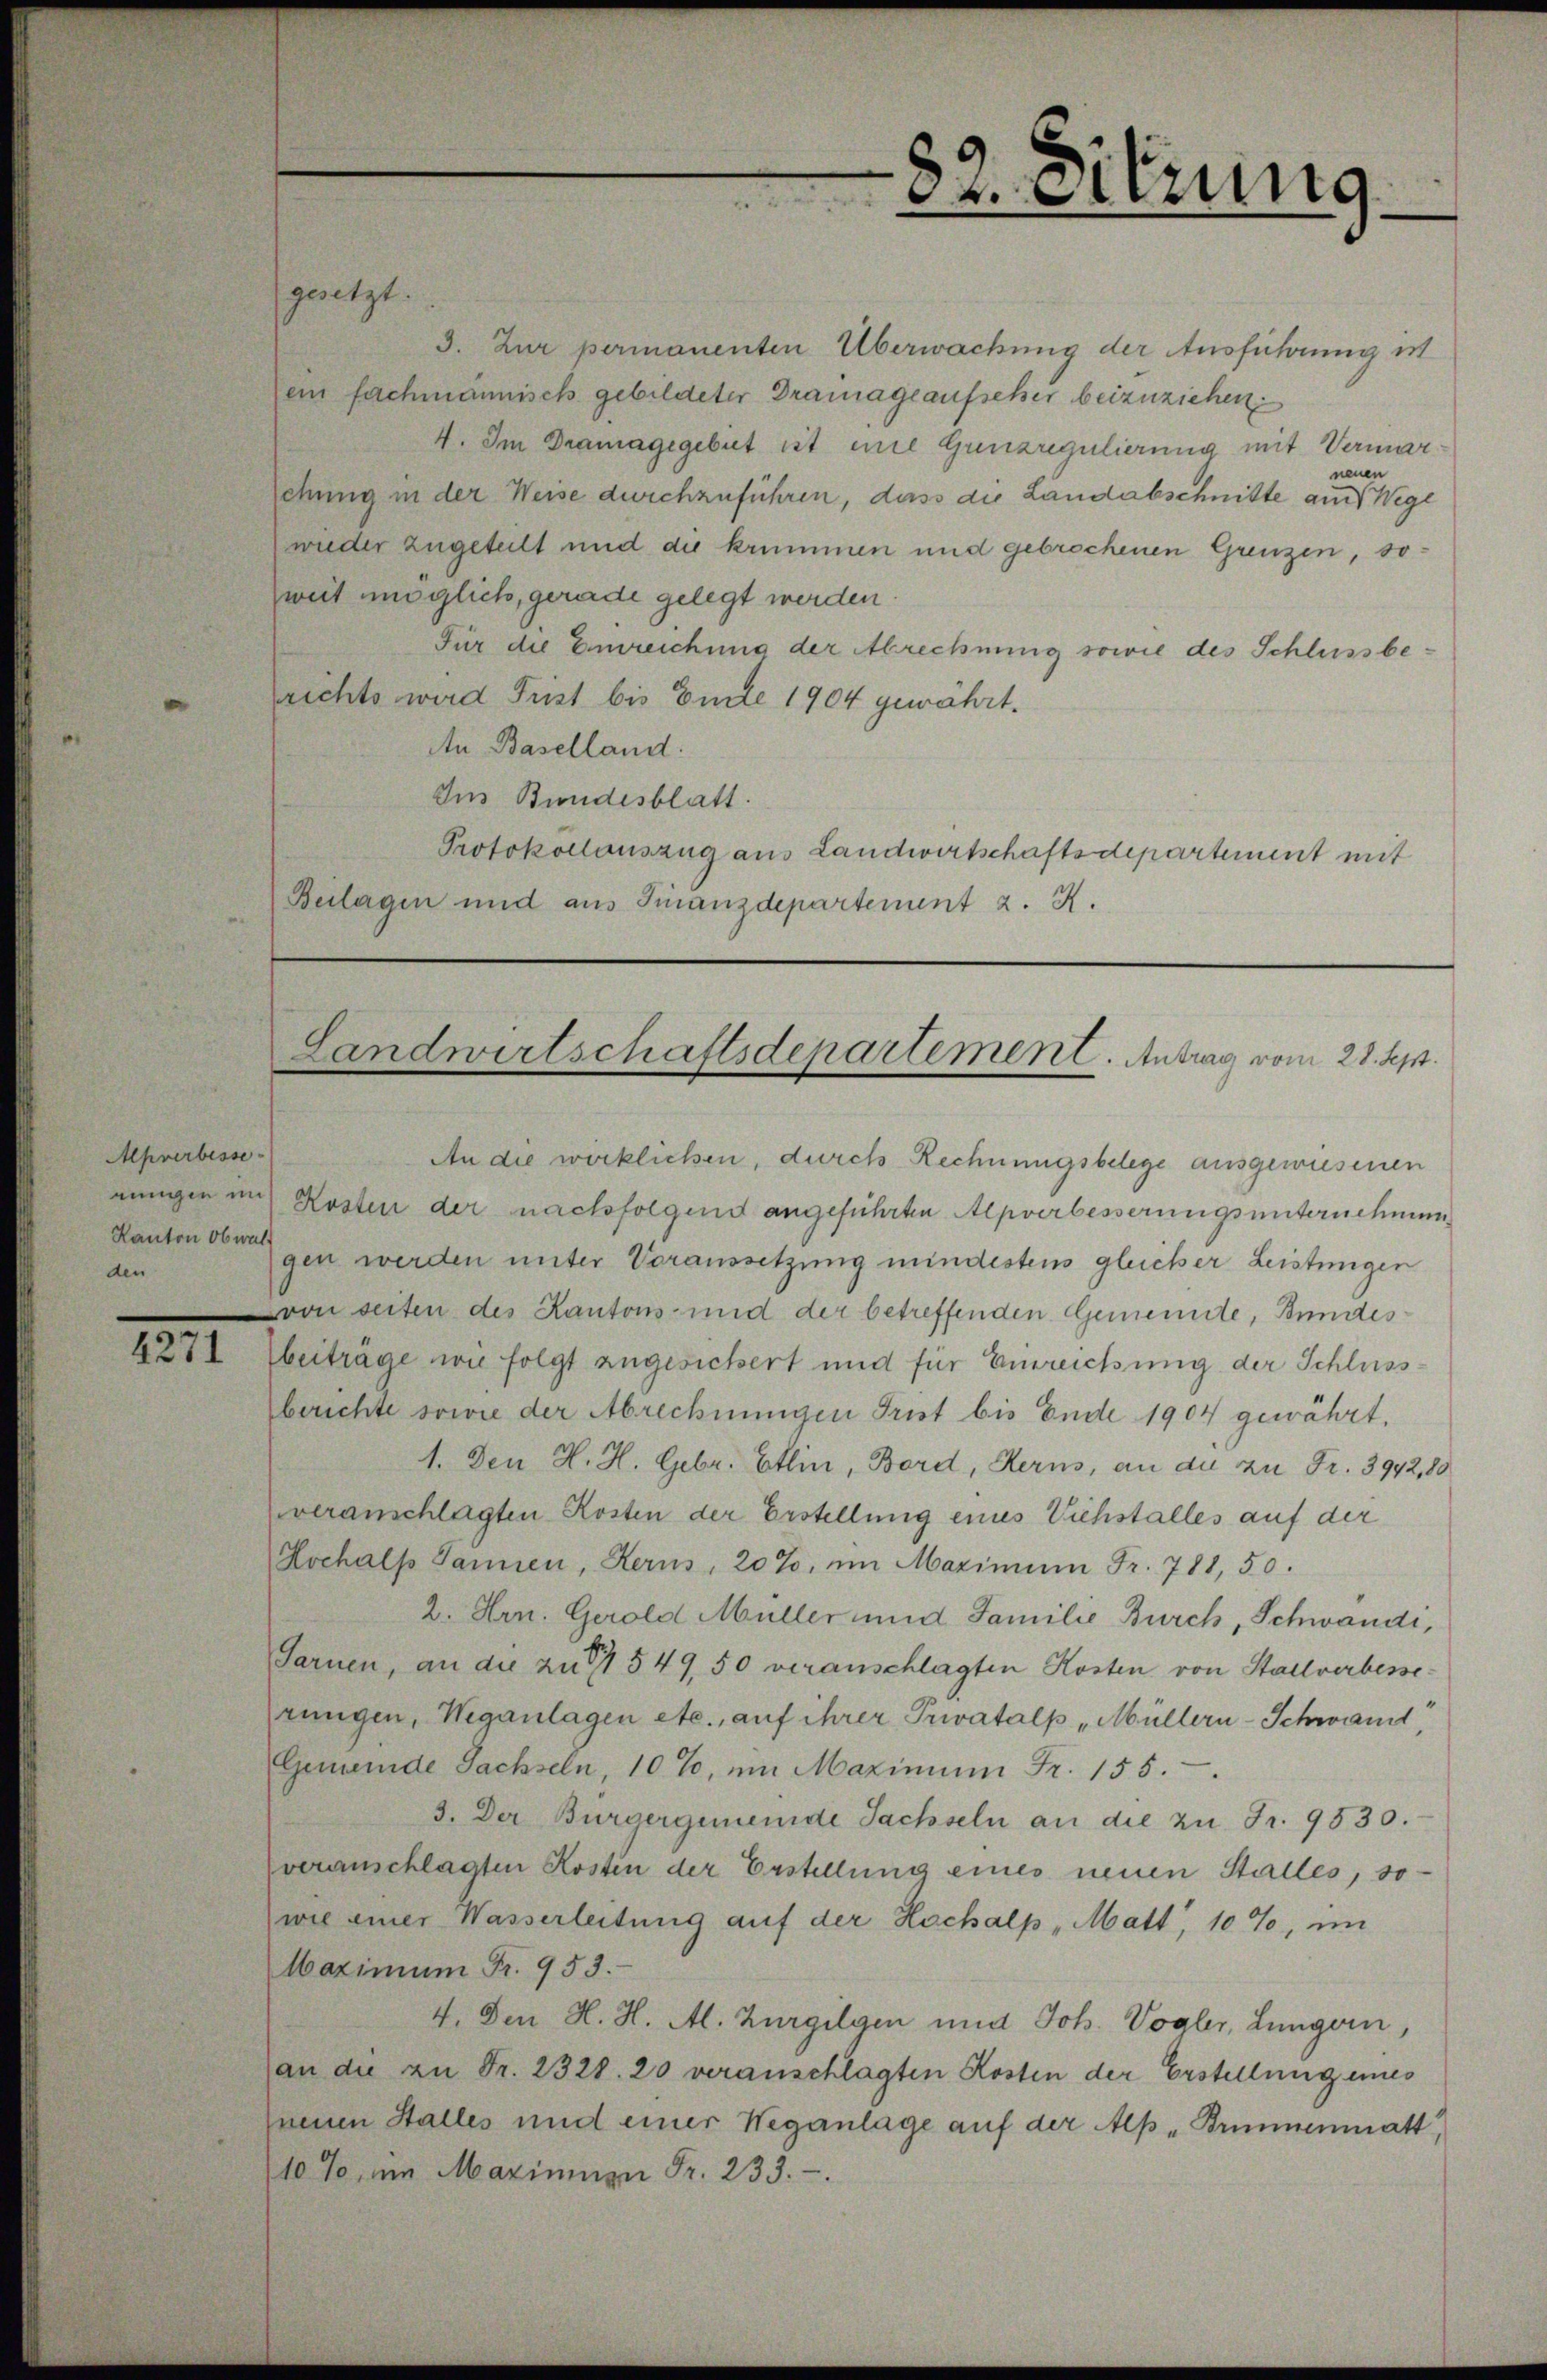
Aprerbesse
Kanton Obwal
den

1211

gesetzt.
3. Zur permanenten Überwachung der Ausführung in
ein fachmännisch gebildeter Drainage aufseher beizuziehen.
4. Im Dramagegebiet ist eine Grenzregulierung mit Vermarneuen
sehung in der Weise durchzuführen, dass die Landabschnitte auch Wegl
wieder zugeteilt und die krummen und gebrochenen Grenzen, soweit möglich, gerade gelegt werden.
Für die Einreichung der Abrechnung sowie des Schlussberrichts wird Frist bis Ende 1904 gewährt.
An Baselland:
Im Bundesblatt.
Protokollauszug aus Landwirtschaftsdepartement mit
Beilagen und aus Finanzdepartement z. R.

An die wirklichen, durch Rechnungsbelege ausgewiesenen
einigen mit Kosten der nachfolgend angeführten Alpverbesserungsunternehmungen werden unter Voraussetzung mindestens gleicher Leistungen
von seiten des Kantons- und der betreffenden Gemeinde, Bundes
beiträge wie folgt zugesichert und für Einreichung der Schluss-
berichte sowie der Abrechnungen Trist bis Ende 1904 gewährt.
1. Den H. H. Febr. Etlin, Bord, Kerns, an die zu Fr. 3942,80
veranschlagten Kosten der Erstellung eines Viehstalles auf der
Hochals Jannen, Heris, 20%, im Maximum Fr. 781, 50.
2. Hrn. Gerold Müller und Familie Burch, Schwandi,
Sarnen, an die zu 549, 50 veranschlagten Kosten von Stallverbesserungen, Weganlagen etc., auf ihrer Privatalp Müllern-Schwand
Gemeinde Sachseln, 10%, ŭm Maximum Fr. 155.
3. Der Bürgergemeinde Sachseln an die zu Fr. 9530.
veranschlagten Kostin der Erstellung eines neuen Stalles, so
wie einer Wasserleitung auf der Hochalp, Matt, 10 %, im
Maximum Fr. 953.
4. Den H. H. Al. Zurgilgen und Joh. Vogler, Lungern,
an die zu Fr. 2328. 20 veranschlagten Kosten der Erstellung eines
Ineuen Stalles und einer Weganlage auf der Alp „Brunnenmatt,
10 %, im Mazinian Fr. 233.

89. Sitzung

Landwirtschaftsdepartement. Antrag vom 28. Sept.